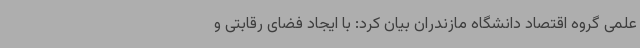
علمی گروه اقتصاد دانشگاه مازندران بیان کرد: با ایجاد فضای رقابتی و